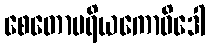
စေတောပရိယကောဝိဒေါ